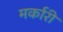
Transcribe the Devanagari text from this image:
मर्कारी